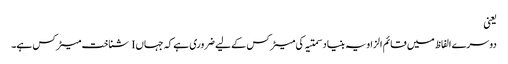
یعنی
دوسرے الفاظ میں قائم الزاویہ بنیاد سمتیہ کی میٹرکس کے لیے ضروری ہے کہ جہاں I شناخت میٹرکس ہے۔